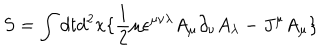
LaTeX: S = \int d t d ^ { 2 } x \lbrace \frac { 1 } { 2 } \mu \epsilon ^ { \mu \nu \lambda } A _ { \mu } \partial _ { \nu } A _ { \lambda } - J ^ { \mu } A _ { \mu } \rbrace